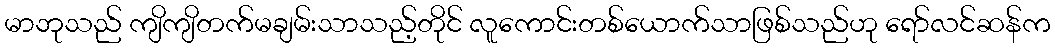
မာဘုသည် ကျိကျိတက်မချမ်းသာသည့်တိုင် လူကောင်းတစ်ယောက်သာဖြစ်သည်ဟု ရော်လင်ဆန်က